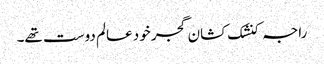
راجہ کنشک کشان گجر خود عالم دوست تھے۔